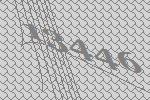
13446